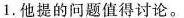
1.他提的问题值得讨论。